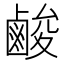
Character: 𮭬